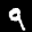
Label: 9